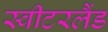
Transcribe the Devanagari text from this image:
स्‍वीटरलैंड